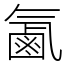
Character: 㲶